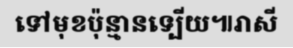
ទៅមុខប៉ុន្មានទ្បើយ៕រាសី